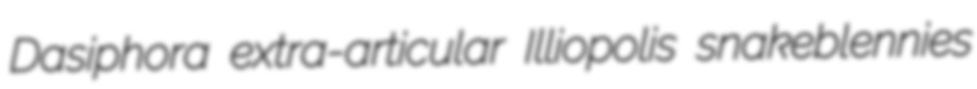
Dasiphora extra-articular Illiopolis snakeblennies